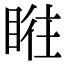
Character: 𥆜